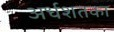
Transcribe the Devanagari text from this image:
अर्धशतका